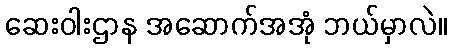
ဆေးဝါးဌာန အဆောက်အအုံ ဘယ်မှာလဲ။